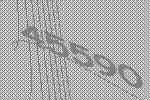
45590